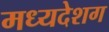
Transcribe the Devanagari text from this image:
मध्यदेशग